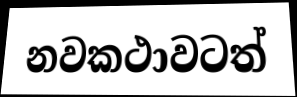
නවකථාවටත්